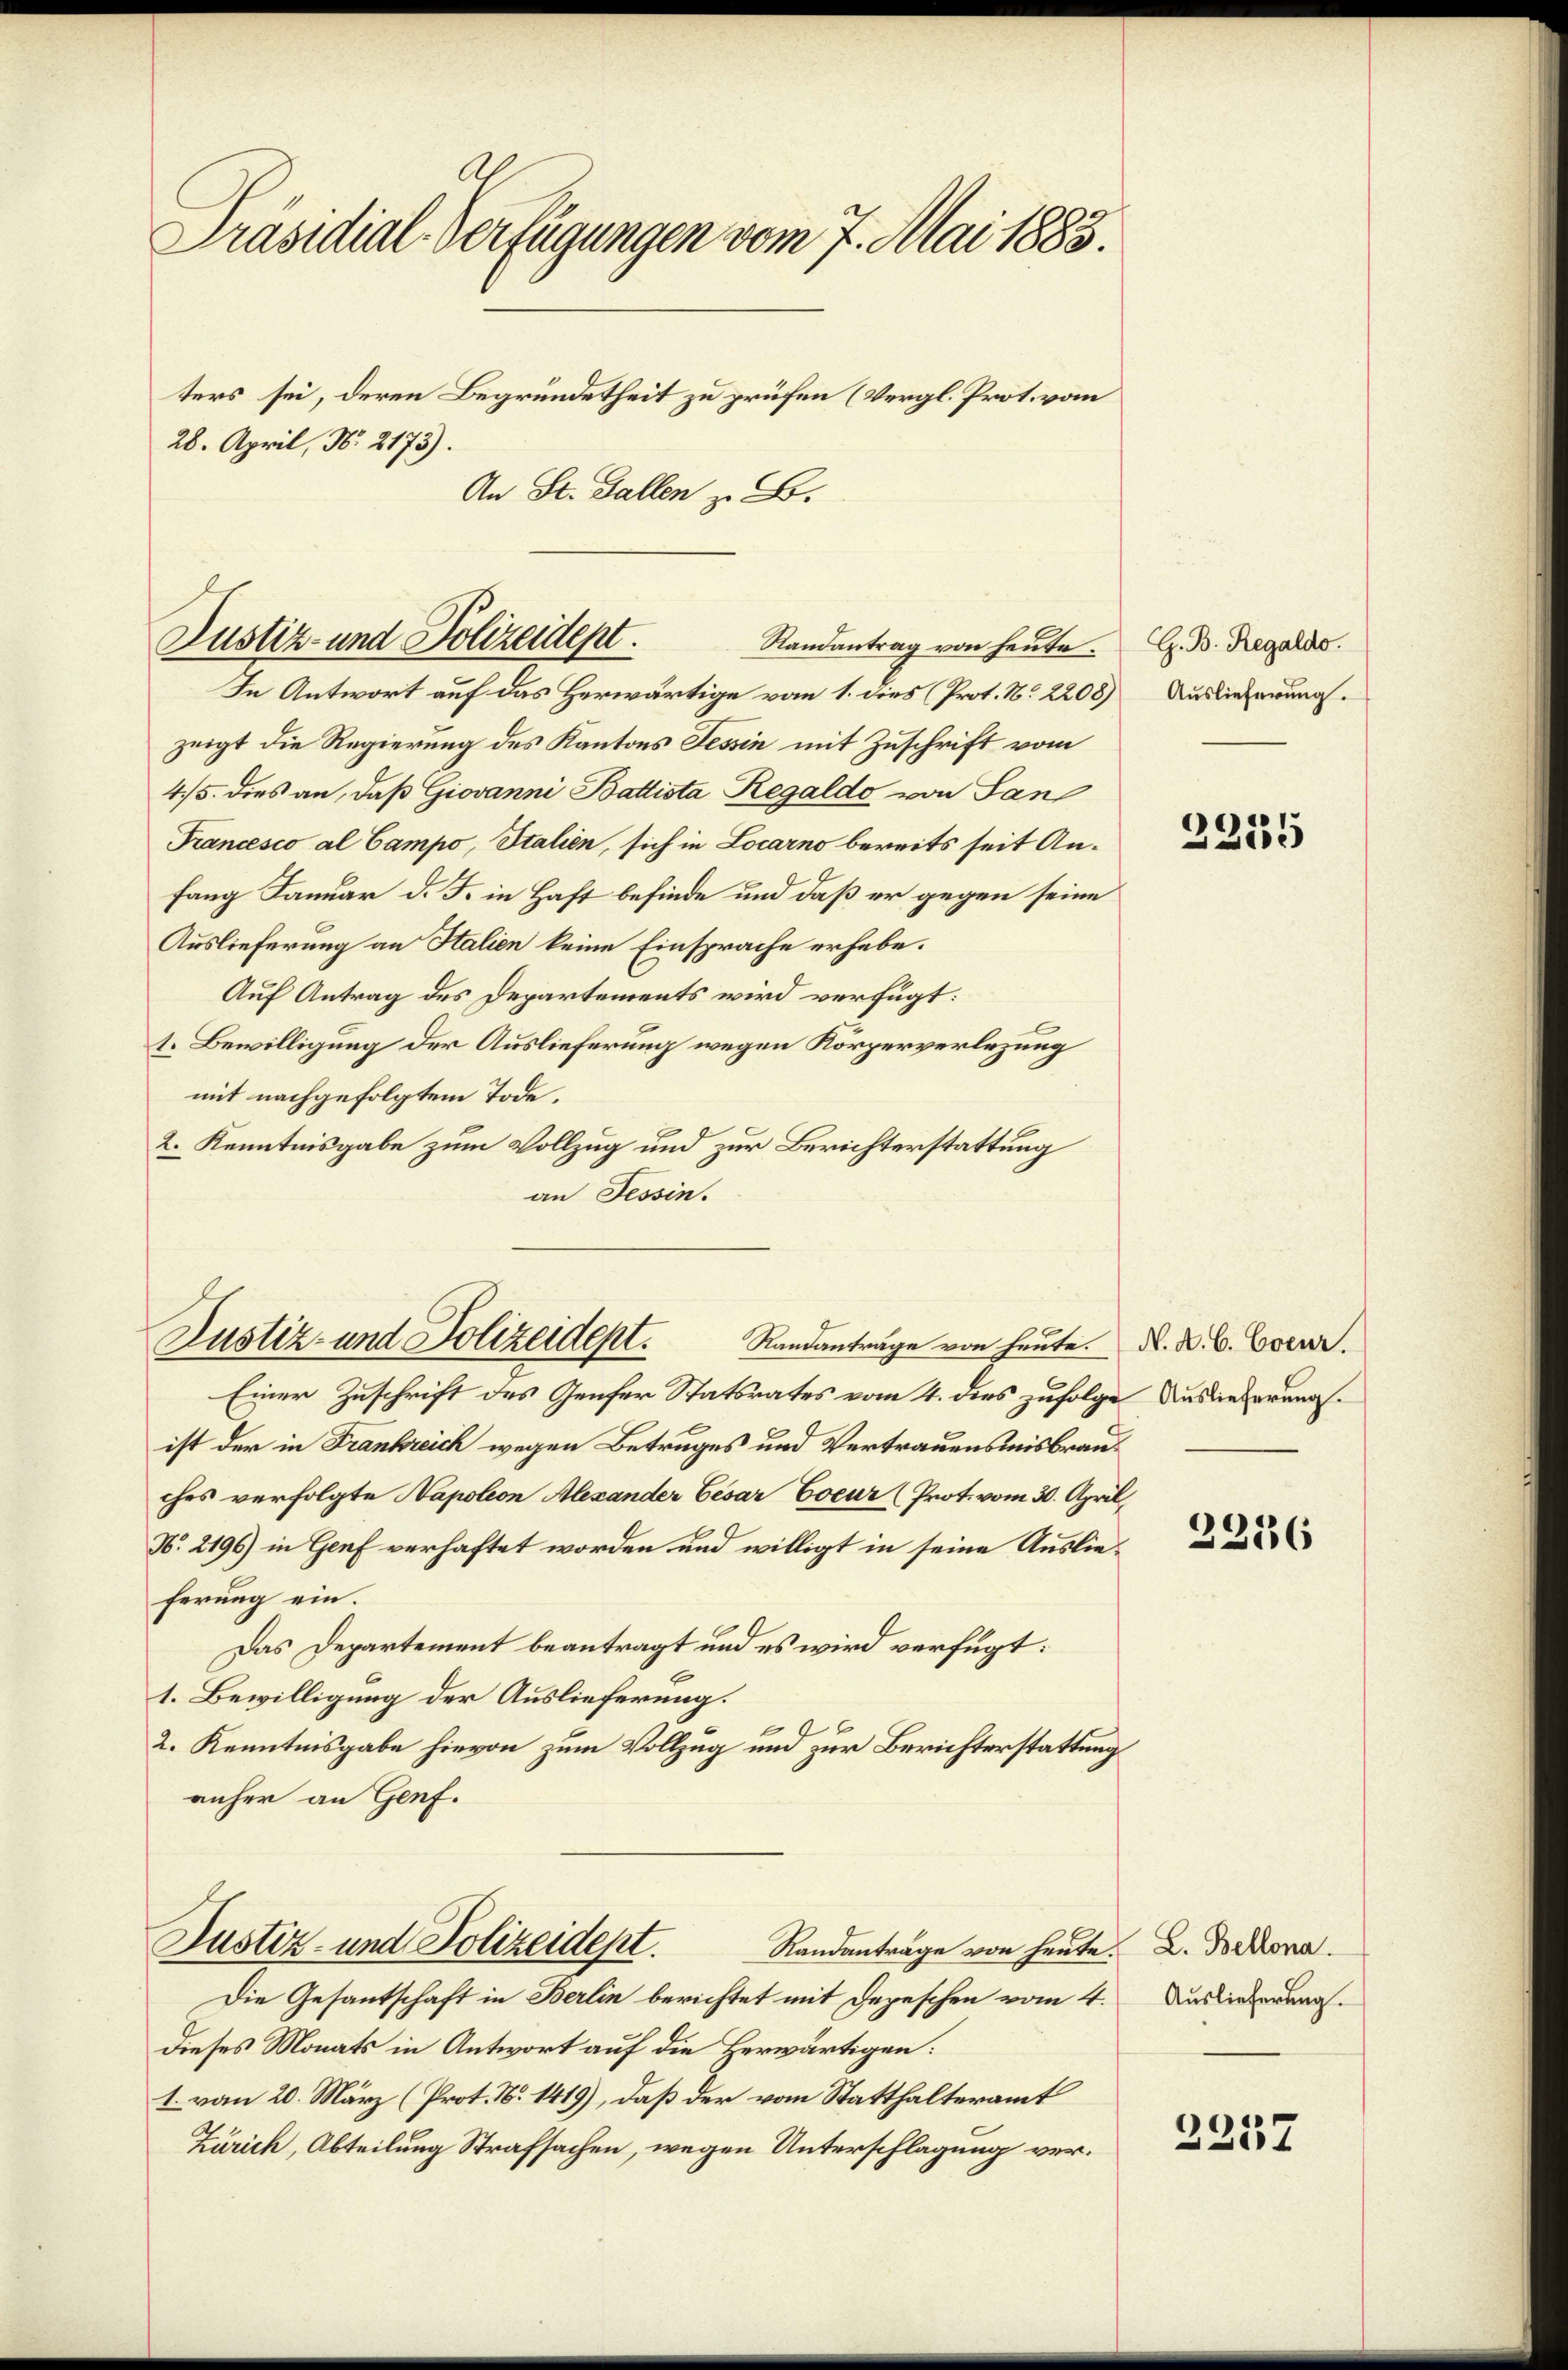
Präsidial-Verfügungen vom 7. Mai 1883.
ters sei, deren Begründetheit zu prüfen (Vergl. Prot. vom
28. April, N. 2173).
An St. Gallen z. B.

Justiz- und Polizeidept.
Randantrag von heute.

In Antwort auf das Herwärtige vom 1. dies (Prot. N. 2208)
zeigt die Regierung des Kantons Tessin mit Zuschrift vom
4/5. dies an, daß Giovanni Battista Regaldo von San
Francesco al Campo, Italien, sich in Locarno bereits seit Anfang Januar d. J. in Haft befinde und daß er gegen seine
Auslieferung an Halien keine Einsprache erhebe.
Auf Antrag des Departements wird verfügt:
t. Bewilligung der Auslieferung wegen Körperverlegung
mit nachgefolgtem Tode,
2. Kenntnisgabe zum Vollzug und zur Berichterstattung
an Tessin.

Einer Zuschrift des Genfer Statsrates vom 4. dies zufolge
ist der in Frankreich wegen Betruges und Vertrauensmisbrau
ches verfolgte Napoleon Alexander Cesar Coeur (Prot. vom 30. Apri
N. 2196) in Genf verhaftet worden und willigt in seine Auslieferung ein.
Das Departement beantragt und es wird verfügt:
1. Bewilligung der Auslieferung.
2. Kenntnisgabe hievon zum Vollzug und zur Berichterstattung
anher an Genf.
Justiz- und Polizeidept.
Randanträge von heute.
Die Gesantschaft in Berlin berichtet mit Depeschen vom 4.
Dieses Monats in Antwort auf die Herwärtigen:
1. vom 20. März (Prot. N. 1419), daß der vom Statthalteramt
Zürich, Abteilung Strafsachen, wegen Unterschlagung ver¬

Justiz- und Polizeidept. Randantrage von heute.

G. B. Regaldo.
Auslieferung.

.

2255

N. A. B. Coeur.
 Auslieferung.
7

2236

L. Bellona.
Auslieferung.

2257